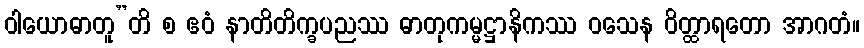
ဝါယောဓာတူ”တိ စ ဧဝံ နာတိတိက္ခပညဿ ဓာတုကမ္မဋ္ဌာနိကဿ ဝသေန ဝိတ္ထာရတော အာဂတံ။